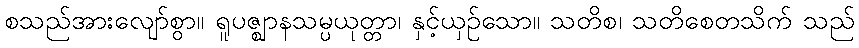
စသည်အားလျော်စွာ။ ရူပဇ္ဈာနသမ္ပယုတ္တာ၊ နှင့်ယှဉ်သော။ သတိစ၊ သတိစေတသိက် သည်